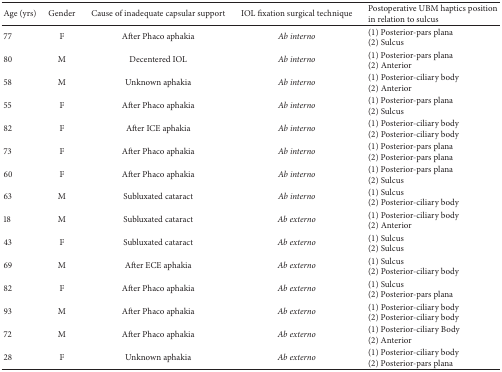
<table><thead><tr><td><b>Age (yrs)</b></td><td><b>Gender</b></td><td><b>Cause of inadequate capsular support</b></td><td><b>IOL fixation surgical technique</b></td><td><b>Postoperative UBM haptics position in relation to sulcus</b></td></tr></thead><tbody><tr><td>77</td><td>F</td><td>After Phaco aphakia</td><td><i>Ab interno</i></td><td>(1) Posterior-pars plana(2) Sulcus</td></tr><tr><td>80</td><td>M</td><td>Decentered IOL </td><td><i>Ab interno</i></td><td>(1) Posterior-pars plana(2) Anterior</td></tr><tr><td>58</td><td>M</td><td>Unknown aphakia </td><td><i>Ab interno</i></td><td>(1) Posterior-ciliary body(2) Anterior</td></tr><tr><td>55</td><td>F</td><td>After Phaco aphakia</td><td><i>Ab interno</i></td><td>(1) Posterior-pars plana(2) Sulcus</td></tr><tr><td>82</td><td>F</td><td>After ICE aphakia</td><td><i>Ab interno</i></td><td>(1) Posterior-ciliary body(2) Posterior-ciliary body</td></tr><tr><td>73</td><td>F</td><td>After Phaco aphakia</td><td><i>Ab interno</i></td><td>(1) Posterior-pars plana(2) Posterior-pars plana</td></tr><tr><td>60</td><td>F</td><td>After Phaco aphakia</td><td><i>Ab interno</i></td><td>(1) Posterior-pars plana(2) Sulcus</td></tr><tr><td>63</td><td>M</td><td>Subluxated cataract</td><td><i>Ab interno</i></td><td>(1) Sulcus(2) Posterior-ciliary body</td></tr><tr><td>18</td><td>M</td><td>Subluxated cataract</td><td><i>Ab externo</i></td><td>(1) Posterior-ciliary body(2) Anterior</td></tr><tr><td>43</td><td>F</td><td>Subluxated cataract </td><td><i>Ab externo</i></td><td>(1) Sulcus(2) Sulcus</td></tr><tr><td>69</td><td>M</td><td>After ECE aphakia</td><td><i>Ab externo</i></td><td>(1) Sulcus (2) Posterior-ciliary body</td></tr><tr><td>82</td><td>F</td><td>After Phaco aphakia </td><td><i>Ab externo</i></td><td>(1) Sulcus(2) Posterior-pars plana</td></tr><tr><td>93</td><td>M</td><td>After Phaco aphakia</td><td><i>Ab externo</i></td><td>(1) Posterior-ciliary body(2) Posterior-ciliary body</td></tr><tr><td>72</td><td>M</td><td>After Phaco aphakia</td><td><i>Ab externo</i></td><td>(1) Posterior-ciliary Body(2) Anterior</td></tr><tr><td>28</td><td>F</td><td>Unknown aphakia</td><td><i>Ab externo</i></td><td>(1) Posterior-ciliary body (2) Posterior-pars plana</td></tr></tbody></table>